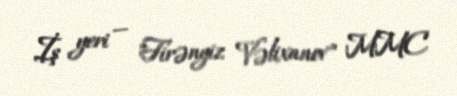
İş yeri — "Firəngiz Vəlixanov" MMC